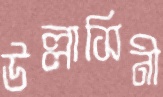
উল্লাসিনী